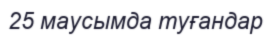
25 маусымда туғандар